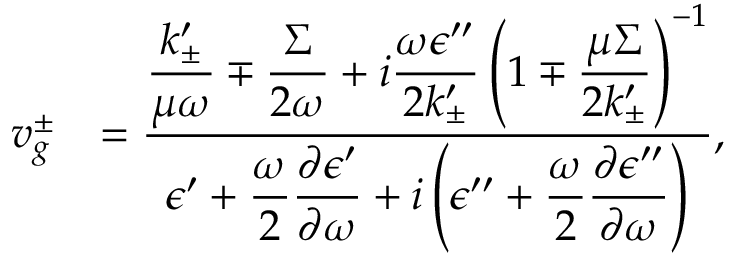
\begin{array} { r l } { v _ { g } ^ { \pm } } & { = \frac { \displaystyle \frac { k _ { \pm } ^ { \prime } } { \mu \omega } \mp \frac { \Sigma } { 2 \omega } + i \frac { \omega \epsilon ^ { \prime \prime } } { 2 k _ { \pm } ^ { \prime } } \left( 1 \mp \frac { \mu \Sigma } { 2 k _ { \pm } ^ { \prime } } \right) ^ { - 1 } } { \displaystyle \epsilon ^ { \prime } + \frac { \omega } { 2 } \frac { \partial \epsilon ^ { \prime } } { \partial \omega } + i \left( \epsilon ^ { \prime \prime } + \frac { \omega } { 2 } \frac { \partial \epsilon ^ { \prime \prime } } { \partial \omega } \right) } , } \end{array}